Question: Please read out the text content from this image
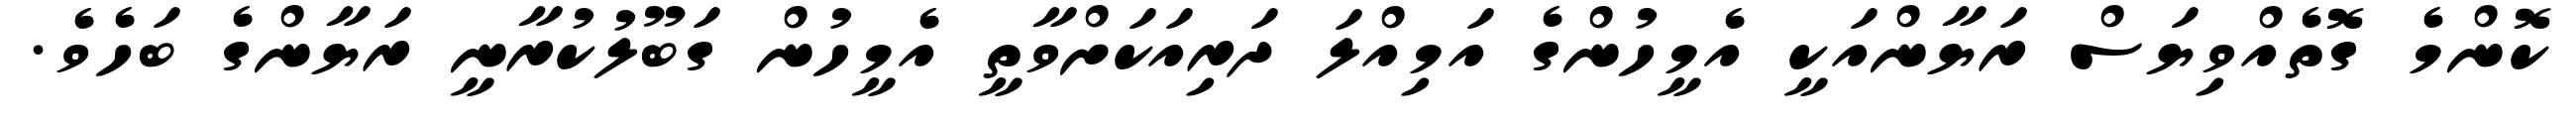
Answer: ކޮންމެ ގޮތެއްވިޔަސް ރަޔާންއަކީ އެމީހުންގެ އަމިއްލަ ދަރިއަކަށްވާތީ އެމީހުން ގަބޫލުކުރާނީ ރަޔާންގެ ބަހެވެ.